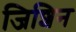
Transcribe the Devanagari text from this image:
जिशिन